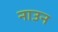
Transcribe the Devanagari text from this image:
नाउन